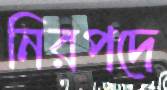
নিরপদে